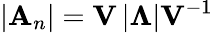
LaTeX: \left|\mathbf{A}_{n}\right|=\mathbf{V}\left|\mathbf{\Lambda}\right|\mathbf{V}^{-1}